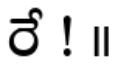
రే ! ॥